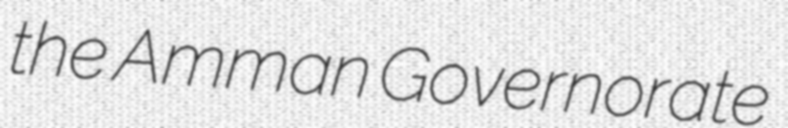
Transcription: the Amman Governorate